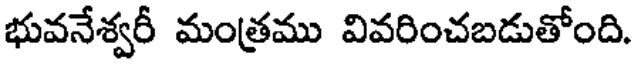
భువనేశ్వరీ మంత్రము వివరించబడుతోంది.